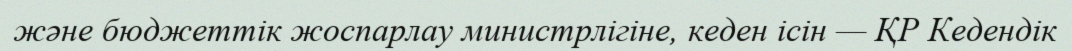
және бюджеттік жоспарлау министрлігіне, кеден ісін — ҚР Кедендік